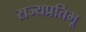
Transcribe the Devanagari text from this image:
राज्यप्रतिभू